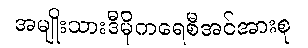
အမျိုးသားဒီမိုကရေစီအင်အားစု